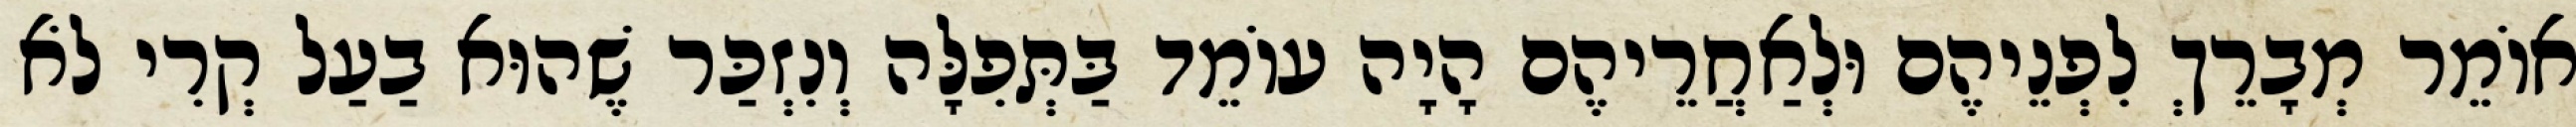
אוֹמֵר מְבָרֵךְ לִפְנֵיהֶם וּלְאַחֲרֵיהֶם הָיָה עוֹמֵד בַּתְּפִלָּה וְנִזְכַּר שֶׁהוּא בַעַל קְרִי לֹא